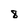
Character: 8